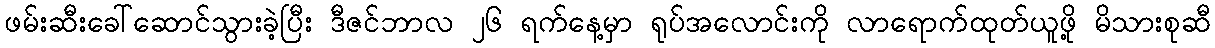
ဖမ်းဆီးခေါ်ဆောင်သွားခဲ့ပြီး ဒီဇင်ဘာလ ၂၆ ရက်နေ့မှာ ရုပ်အလောင်းကို လာရောက်ထုတ်ယူဖို့ မိသားစုဆီ